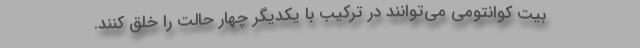
بیت کوانتومی می‌توانند در ترکیب با یکدیگر چهار حالت را خلق کنند.